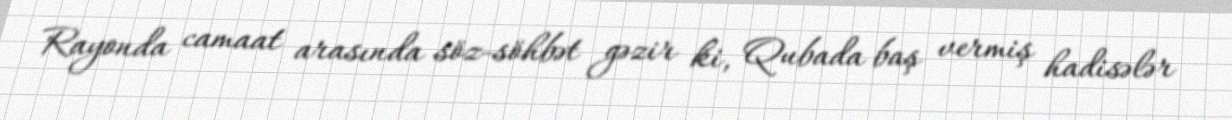
Rayonda camaat arasında söz-söhbət gəzir ki, Qubada baş vermiş hadisələr